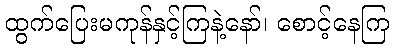
ထွက်ပြေးမကုန်နှင့်ကြနဲ့နော်၊ စောင့်နေကြ